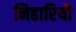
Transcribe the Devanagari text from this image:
निहारियौ